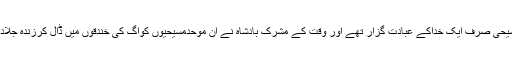
یہ مسیحی صرف ایک خداکے عبادت گزار تھے اور وقت کے مشرک بادشاہ نے ان موحدمسیحیوں کوآگ کی خندقوں میں ڈال کرزندہ جلادیاتھا۔